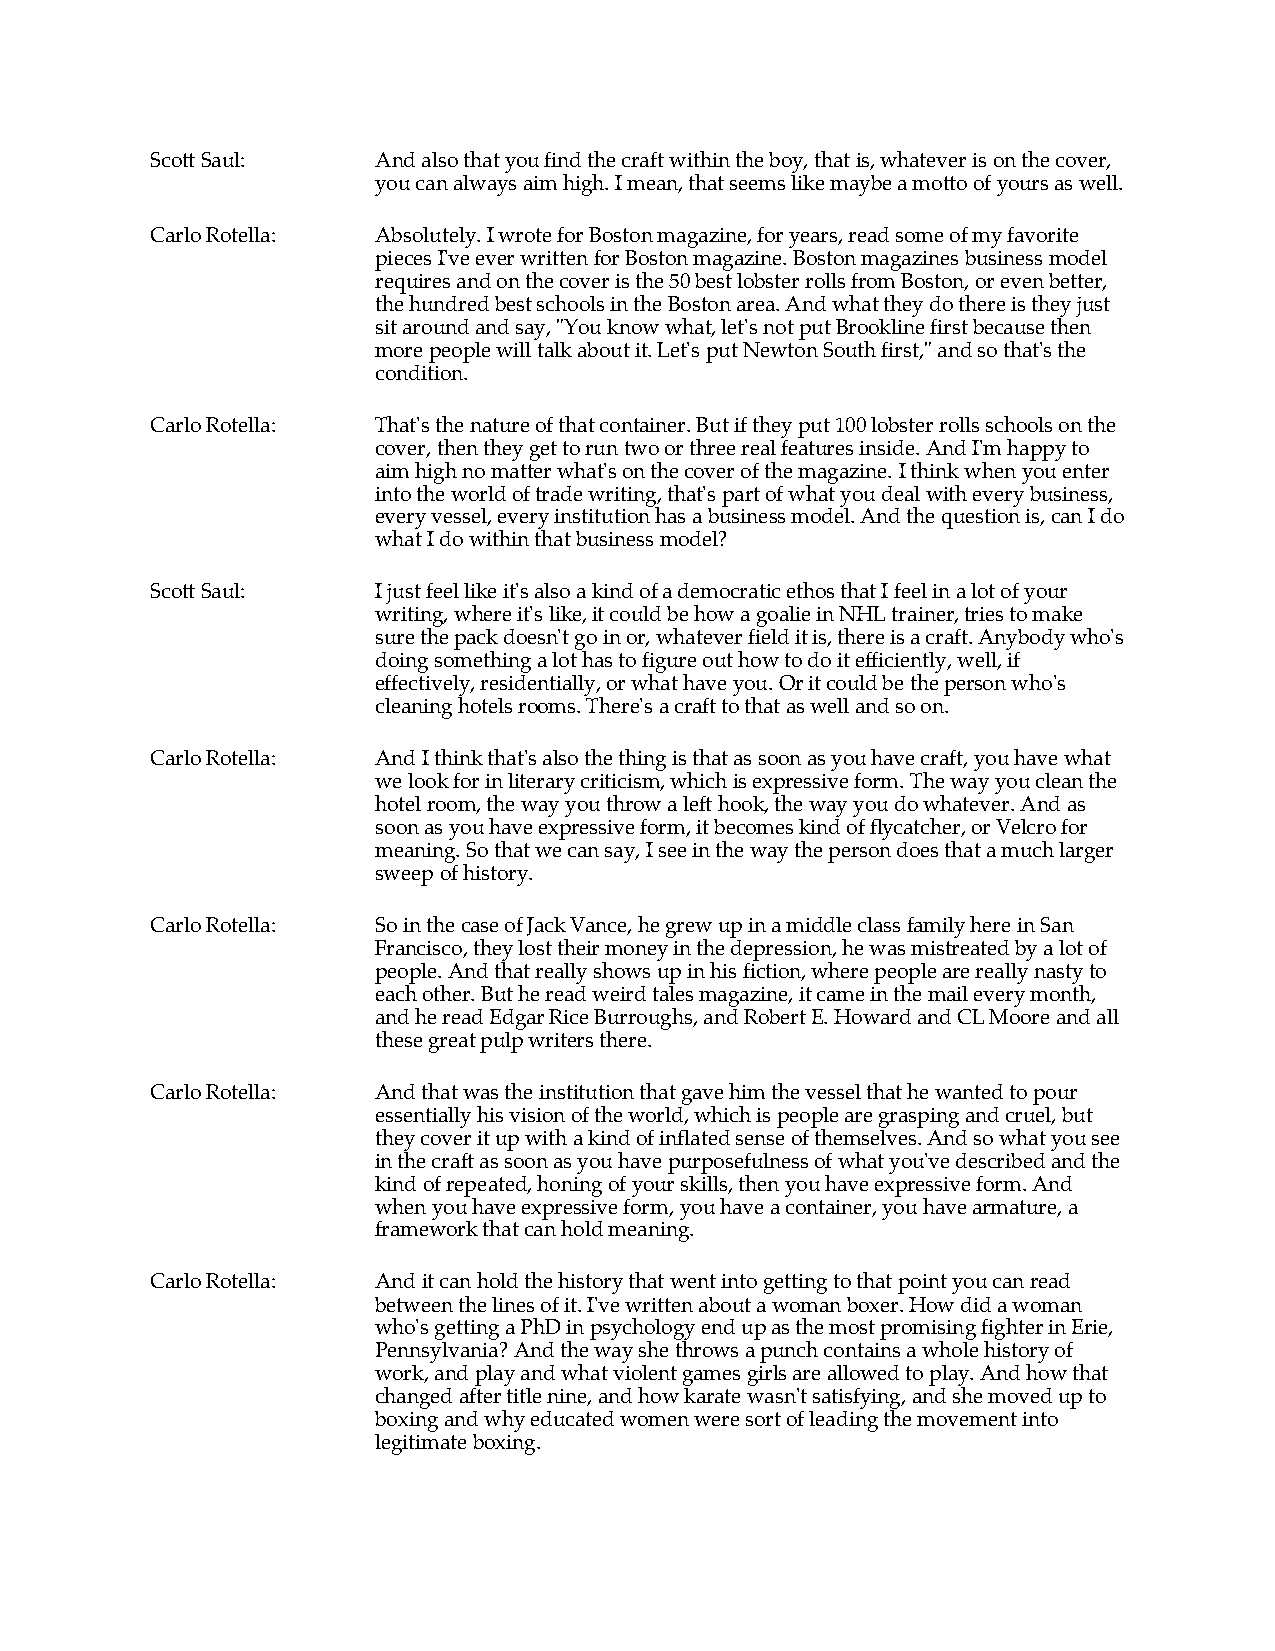
Scott Saul:    And also that you find the craft within the boy, that is, whatever is on the cover,
 you can always aim high. I mean, that seems like maybe a motto of yours as well.
 Carlo Rotella: Absolutely. I wrote for Boston magazine, for years, read some of my favorite
 pieces I've ever written for Boston magazine. Boston magazines business model
 requires and on the cover is the 50 best lobster rolls from Boston, or even better,
 the hundred best schools in the Boston area. And what they do there is they just
 sit around and say, "You know what, let's not put Brookline first because then
 more people will talk about it. Let's put Newton South first," and so that's the
 condition.
 Carlo Rotella: That's the nature of that container. But if they put 100 lobster rolls schools on the
 cover, then they get to run two or three real features inside. And I'm happy to
 aim high no matter what's on the cover of the magazine. I think when you enter
 into the world of trade writing, that's part of what you deal with every business,
 every vessel, every institution has a business model. And the question is, can I do
 what I do within that business model?
 Scott Saul:    I just feel like it's also a kind of a democratic ethos that I feel in a lot of your
 writing, where it's like, it could be how a goalie in NHL trainer, tries to make
 sure the pack doesn't go in or, whatever field it is, there is a craft. Anybody who's
 doing something a lot has to figure out how to do it efficiently, well, if
 effectively, residentially, or what have you. Or it could be the person who's
 cleaning hotels rooms. There's a craft to that as well and so on.
 Carlo Rotella: And I think that's also the thing is that as soon as you have craft, you have what
 we look for in literary criticism, which is expressive form. The way you clean the
 hotel room, the way you throw a left hook, the way you do whatever. And as
 soon as you have expressive form, it becomes kind of flycatcher, or Velcro for
 meaning. So that we can say, I see in the way the person does that a much larger
 sweep of history.
 Carlo Rotella: So in the case of Jack Vance, he grew up in a middle class family here in San
 Francisco, they lost their money in the depression, he was mistreated by a lot of
 people. And that really shows up in his fiction, where people are really nasty to
 each other. But he read weird tales magazine, it came in the mail every month,
 and he read Edgar Rice Burroughs, and Robert E. Howard and CL Moore and all
 these great pulp writers there.
 Carlo Rotella: And that was the institution that gave him the vessel that he wanted to pour
 essentially his vision of the world, which is people are grasping and cruel, but
 they cover it up with a kind of inflated sense of themselves. And so what you see
 in the craft as soon as you have purposefulness of what you've described and the
 kind of repeated, honing of your skills, then you have expressive form. And
 when you have expressive form, you have a container, you have armature, a
 framework that can hold meaning.
 Carlo Rotella: And it can hold the history that went into getting to that point you can read
 between the lines of it. I've written about a woman boxer. How did a woman
 who's getting a PhD in psychology end up as the most promising fighter in Erie,
 Pennsylvania? And the way she throws a punch contains a whole history of
 work, and play and what violent games girls are allowed to play. And how that
 changed after title nine, and how karate wasn't satisfying, and she moved up to
 boxing and why educated women were sort of leading the movement into
 legitimate boxing.